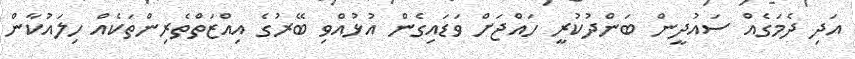
އަދި ދެމަގެއް ސައުދީން ބަންދުކުރީ ހައްޖަށް ވަޑައިގެން އުޅުއްވި ބޭރުގެ އިއްޒަތްތެރިންތަކެއް ހިލައުކާން